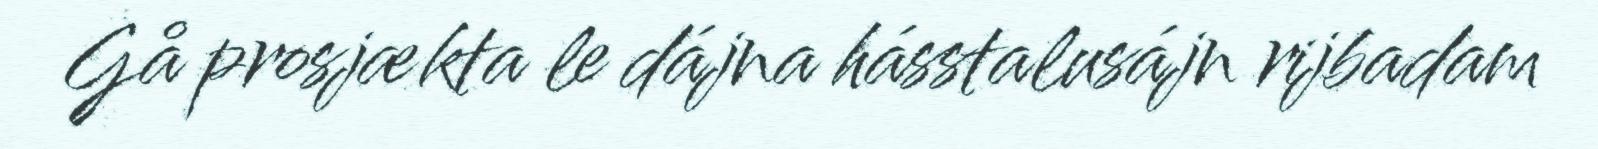
Gå prosjækta le dájna hásstalusájn rijbadam